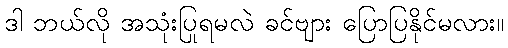
ဒါ ဘယ်လို အသုံးပြုရမလဲ ခင်ဗျား ပြောပြနိုင်မလား။